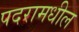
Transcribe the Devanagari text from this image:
पदरामधील